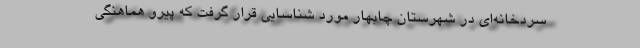
سردخانه‌ای در شهرستان چابهار مورد شناسایی قرار گرفت که پیرو هماهنگی